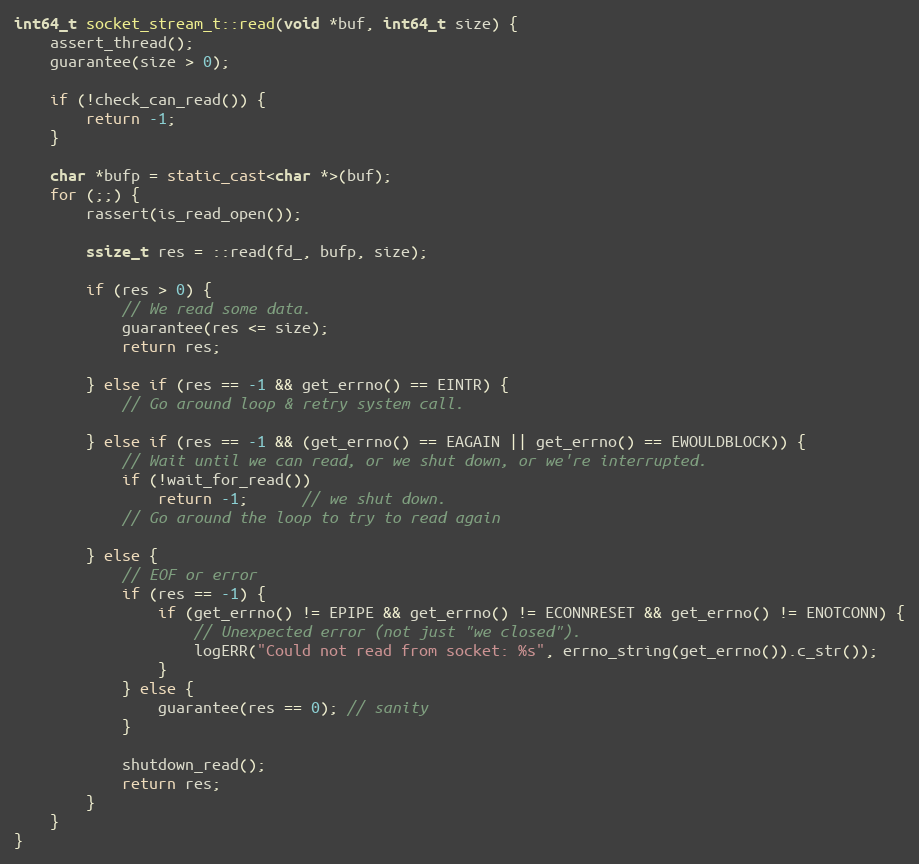
Language: C++
int64_t socket_stream_t::read(void *buf, int64_t size) {
    assert_thread();
    guarantee(size > 0);

    if (!check_can_read()) {
        return -1;
    }

    char *bufp = static_cast<char *>(buf);
    for (;;) {
        rassert(is_read_open());

        ssize_t res = ::read(fd_, bufp, size);

        if (res > 0) {
            // We read some data.
            guarantee(res <= size);
            return res;

        } else if (res == -1 && get_errno() == EINTR) {
            // Go around loop & retry system call.

        } else if (res == -1 && (get_errno() == EAGAIN || get_errno() == EWOULDBLOCK)) {
            // Wait until we can read, or we shut down, or we're interrupted.
            if (!wait_for_read())
                return -1;      // we shut down.
            // Go around the loop to try to read again

        } else {
            // EOF or error
            if (res == -1) {
                if (get_errno() != EPIPE && get_errno() != ECONNRESET && get_errno() != ENOTCONN) {
                    // Unexpected error (not just "we closed").
                    logERR("Could not read from socket: %s", errno_string(get_errno()).c_str());
                }
            } else {
                guarantee(res == 0); // sanity
            }

            shutdown_read();
            return res;
        }
    }
}